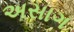
અસાગ